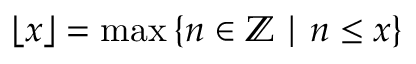
\left\lfloor x \right\rfloor = \operatorname* { m a x } \left\{ n \in \mathbb { Z } \mid n \le x \right\}